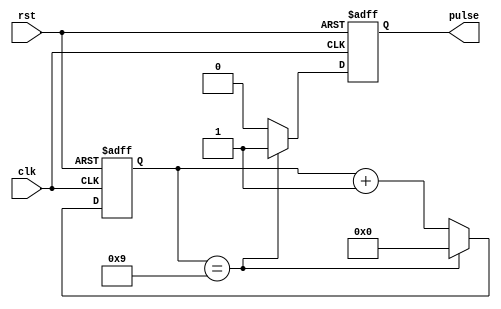
module SimplePulseGenerator(
    input clk,
    input rst,
    output reg pulse
);

parameter COUNTER_WIDTH = 8;
parameter DIVIDE_FACTOR = 10; // Change this value to adjust pulse frequency

reg [COUNTER_WIDTH-1:0] counter;

always @ (posedge clk or posedge rst) begin
    if (rst) begin
        counter <= 0;
        pulse <= 0;
    end else begin
        if (counter == DIVIDE_FACTOR - 1) begin
            pulse <= 1;
            counter <= 0;
        end else begin
            counter <= counter + 1;
            pulse <= 0;
        end
    end
end

endmodule